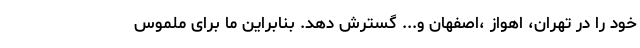
خود را در تهران، اهواز ،اصفهان و... گسترش دهد. بنابراین ما برای ملموس